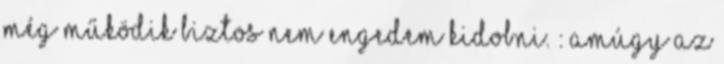
még működik biztos nem engedem kidobni. : Amúgy az